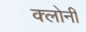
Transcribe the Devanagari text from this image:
क्लोनी